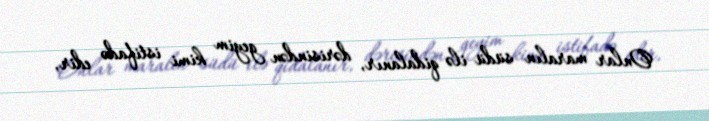
Onlar maralın südü ilə qidalanır, dərisindən geyim kimi istifadə edir,